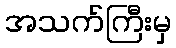
အသက်ကြီးမှ